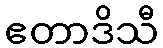
ဧတာဒိသီ